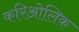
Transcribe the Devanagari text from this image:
करिओलिक